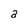
Character: a